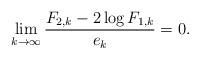
LaTeX: \begin{align*}\lim_{k\to\infty}\frac{F_{2,k}-2\log F_{1,k}}{e_k}= 0.\end{align*}